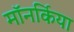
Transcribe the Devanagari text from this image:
मॉनर्किया